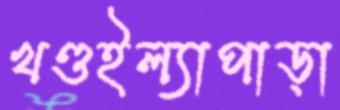
খণ্ডইল্যাপাড়া